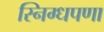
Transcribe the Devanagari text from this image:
स्निग्धपणा